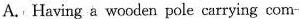
A.Having a wooden pole carrying com-